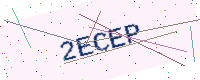
Text: 2ECEP